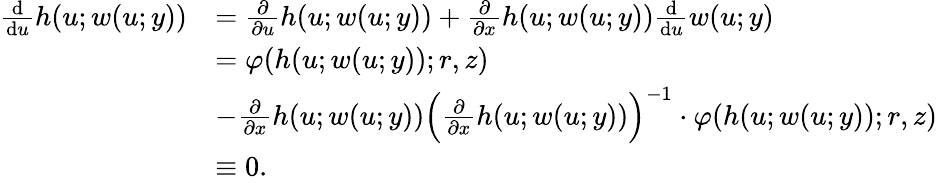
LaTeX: \begin{array}{rl}{\frac{\mathrm{d}}{\mathrm{d}u}h(u;w(u;y))}&{=\frac{\partial}{\partial u}h(u;w(u;y))+\frac{\partial}{\partial x}h(u;w(u;y))\frac{\mathrm{d}}{\mathrm{d}u}w(u;y)}\\ &{=\varphi(h(u;w(u;y));r,z)}\\ &{-\frac{\partial}{\partial x}h(u;w(u;y))\Big(\frac{\partial}{\partial x}h(u;w(u;y))\Big)^{-1}\cdot\varphi(h(u;w(u;y));r,z)}\\ &{\equiv 0.}\end{array}